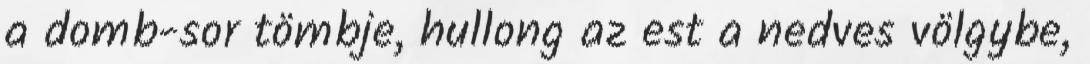
a domb-sor tömbje, hullong az est a nedves völgybe,